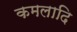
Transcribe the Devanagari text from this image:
कमलादि